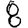
Digit: 8